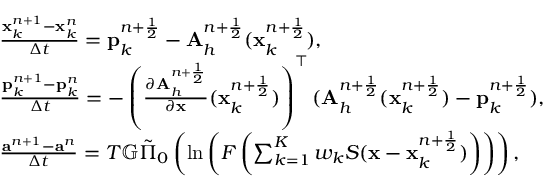
\begin{array} { r l } & { \frac { { \mathbf x } _ { k } ^ { n + 1 } - { \mathbf x } _ { k } ^ { n } } { \Delta t } = { \mathbf p } _ { k } ^ { n + \frac { 1 } { 2 } } - { \mathbf A } _ { h } ^ { n + \frac { 1 } { 2 } } ( { \mathbf x } _ { k } ^ { n + \frac { 1 } { 2 } } ) , } \\ & { \frac { { \mathbf p } _ { k } ^ { n + 1 } - { \mathbf p } _ { k } ^ { n } } { \Delta t } = - \left( \frac { \partial { \mathbf A } _ { h } ^ { n + \frac { 1 } { 2 } } } { \partial \mathbf x } ( { \mathbf x } _ { k } ^ { n + \frac { 1 } { 2 } } ) \right) ^ { \top } ( { \mathbf A } _ { h } ^ { n + \frac { 1 } { 2 } } ( { \mathbf x } _ { k } ^ { n + \frac { 1 } { 2 } } ) - { \mathbf p } _ { k } ^ { n + \frac { 1 } { 2 } } ) , } \\ & { \frac { { \mathbf a } ^ { n + 1 } - { \mathbf a } ^ { n } } { \Delta t } = T \mathbb { G } \tilde { \Pi } _ { 0 } \left( \ln \left( F \left( \sum _ { k = 1 } ^ { K } w _ { k } S ( { \mathbf x } - { \mathbf x } _ { k } ^ { n + \frac { 1 } { 2 } } ) \right) \right) \right) , } \end{array}